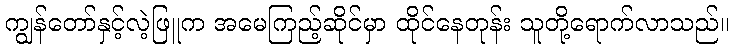
ကျွန်တော်နှင့်လဲ့ဖြူက အမေကြည့်ဆိုင်မှာ ထိုင်နေတုန်း သူတို့ရောက်လာသည်။